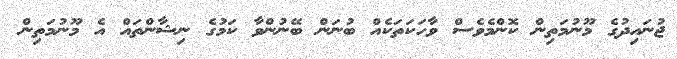
ޖުނައިދުގެ މޫނުމަތިން ކޮންމެވެސް ވާހަކަތަކެއް ބުނަން ބޭނުންވާ ކަމުގެ ނިޝާންތައް އެ މޫނުމަތިން